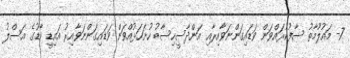
7- މައުލޫމާތު ސާފުކުރައްވަން ވަޑައިގަންނަވާއިރާއި އަންދާސީހިސާބު ހުށަހަޅުއްވަން ވަޑައިގަންނަވާއިރު އައިޑީ ކާޑުގެ އަސްލު